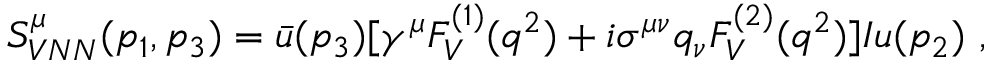
S _ { V N N } ^ { \mu } ( p _ { 1 } , p _ { 3 } ) = \bar { u } ( p _ { 3 } ) [ \gamma ^ { \mu } F _ { V } ^ { ( 1 ) } ( q ^ { 2 } ) + i \sigma ^ { \mu \nu } q _ { \nu } F _ { V } ^ { ( 2 ) } ( q ^ { 2 } ) ] I u ( p _ { 2 } ) ~ ,